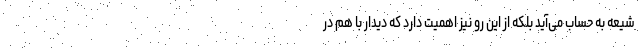
شیعه به حساب می‌آید بلکه از این رو نیز اهمیت دارد که دیدار با هم در